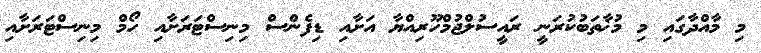
މި މާއްދާގައި މި މުޚާތަބުކުރަނީ ރައީސުލްޖުމްހޫރިއްޔާ އަށާއި ޑިފެންސް މިނިސްޓަރަށާއި ހޯމް މިނިސްޓަރަށާއި